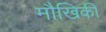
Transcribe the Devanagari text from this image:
मौखिकी